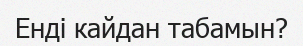
Енді кайдан табамын?